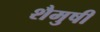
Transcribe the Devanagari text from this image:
शैमुषी